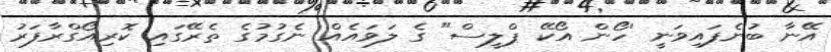
އޭނާ ބުނެފައިވަނީ 'ހޯން އޯކޭ ޕްލީސް" ގެ ލަވައެއް ނެގުމުގެ ތެރޭގައި ކޮރިއޯގްރާފަރު